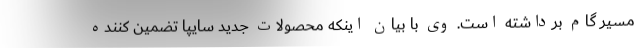
مسیر گام برداشته است. وی با بیان اینکه محصولات جدید سایپا تضمین کننده